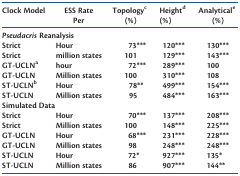
| Clock Model | ESS Rate Per | Topologyc (%) | Heightd (%) | Analyticale (%) |
 | --- | --- | --- | --- | --- |
 | <COLSPAN=5> Pseudacris Reanalysis |
 | Strict | Hour | 73*** | 120*** | 130*** |
 | Strict | million states | 101 | 129*** | 143*** |
 | GT-UCLNa | hour | 72*** | 289*** | 100 |
 | GT-UCLN | Million states | 100 | 310*** | 108 |
 | ST-UCLNb | Hour | 78** | 499*** | 154*** |
 | ST-UCLN | Million states | 95 | 484*** | 163*** |
 | <COLSPAN=5> Simulated Data |
 | Strict | Hour | 70*** | 137*** | 208*** |
 | Strict | Million states | 100 | 148*** | 225*** |
 | GT-UCLN | Hour | 68*** | 231*** | 228*** |
 | GT-UCLN | Million states | 98 | 248*** | 248*** |
 | ST-UCLN | Hour | 72* | 927*** | 135* |
 | ST-UCLN | Million states | 86 | 907*** | 144** |